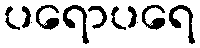
ပရောပရေ